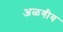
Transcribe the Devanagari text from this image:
अळगीय